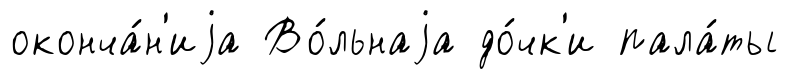
оконча́н'иjа Во́льнаjа до́чк'и пала́ты